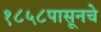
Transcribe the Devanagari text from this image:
१८५८पासूनचे